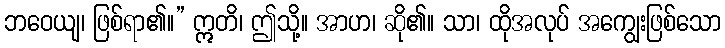
ဘဝေယျ၊ ဖြစ်ရာ၏။” ဣတိ၊ ဤသို့။ အာဟ၊ ဆို၏။ သာ၊ ထိုအလုပ် အကျွေးဖြစ်သော